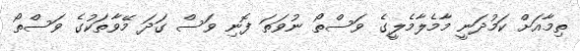
ތިމާއަށް ކަމުދަނީ މާމެލާމެލީގެ ވަސްތޯ ނުވަތަ ފޮނި ވަސް ގަދަ މޭވާތަކުގެ ވަސްތޯ